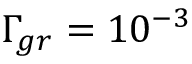
\Gamma _ { g r } = 1 0 ^ { - 3 }